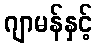
ဂျာမန်နှင့်